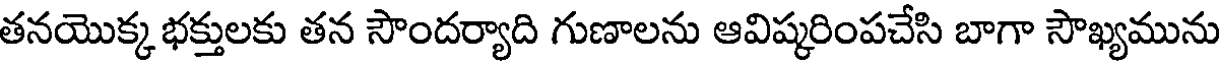
తనయొక్క భక్తులకు తన సౌందర్యాది గుణాలను ఆవిష్కరింపచేసి బాగా సౌఖ్యమును